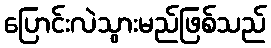
ပြောင်းလဲသွားမည်ဖြစ်သည်